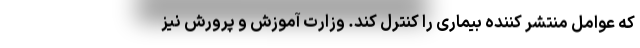
که عوامل منتشر کننده بیماری را کنترل کند. وزارت آموزش و پرورش نیز